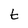
Character: t